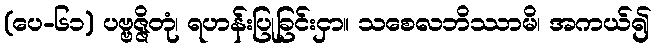
(ပေ-၆၁) ပဗ္ဗဇ္ဇိတုံ၊ ရဟန်းပြုခြင်းငှာ။ သစေလဘိဿာမိ၊ အကယ်၍